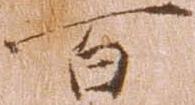
百